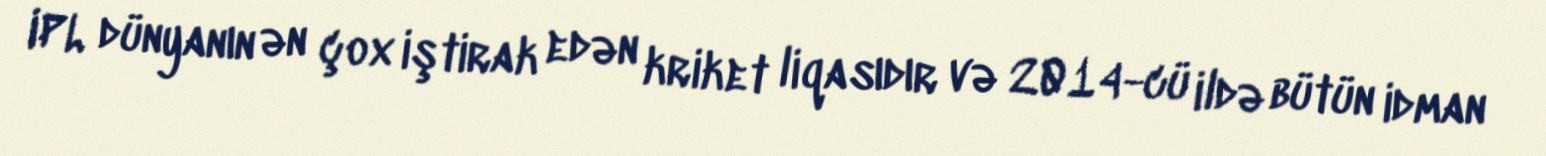
IPL dünyanın ən çox iştirak edən kriket liqasıdır və 2014-cü ildə bütün idman